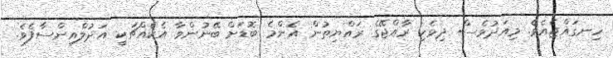
ހިނގައްޖެއެވެ. މިއަދުވެސް ދިވެހި ރާއްޖޭގެ ރައްޔިތުން އެންމެ ބޮޑަށް ބޭނުންވާ އެކެއްޗަކީ އަދުލްއިންސާފެވެ.